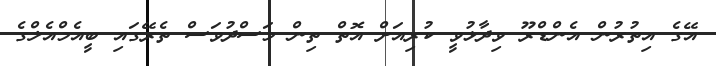
އޭގެ އިތުރުން އެންޑްރޫ ވިދާޅުވީ ކުރިއަށް އޮތް ތިން މަސްދުވަސް ތެރޭގައި ބީއެމްއެލްގެ